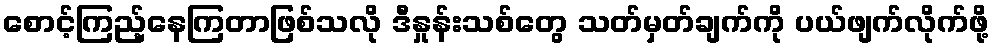
စောင့်ကြည့်နေကြတာဖြစ်သလို ဒီနှုန်းသစ်တွေ သတ်မှတ်ချက်ကို ပယ်ဖျက်လိုက်ဖို့